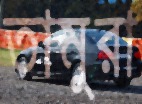
তামুরা